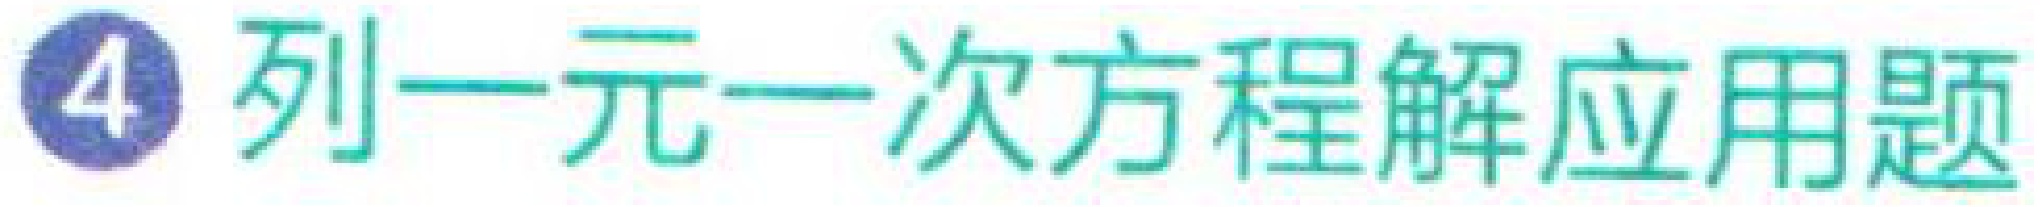
\textcircled{4} 列一元一次方程解应用题